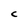
Character: C